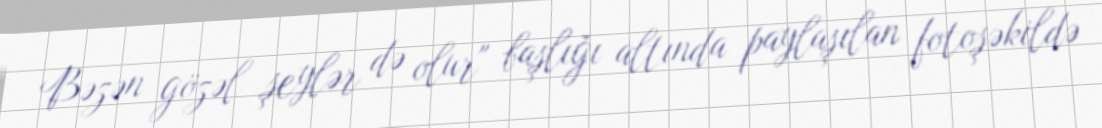
Bəzən gözəl şeylər də olur" başlığı altında paylaşılan fotoşəkildə